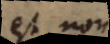
est non